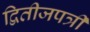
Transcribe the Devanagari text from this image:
द्वितीजपत्री